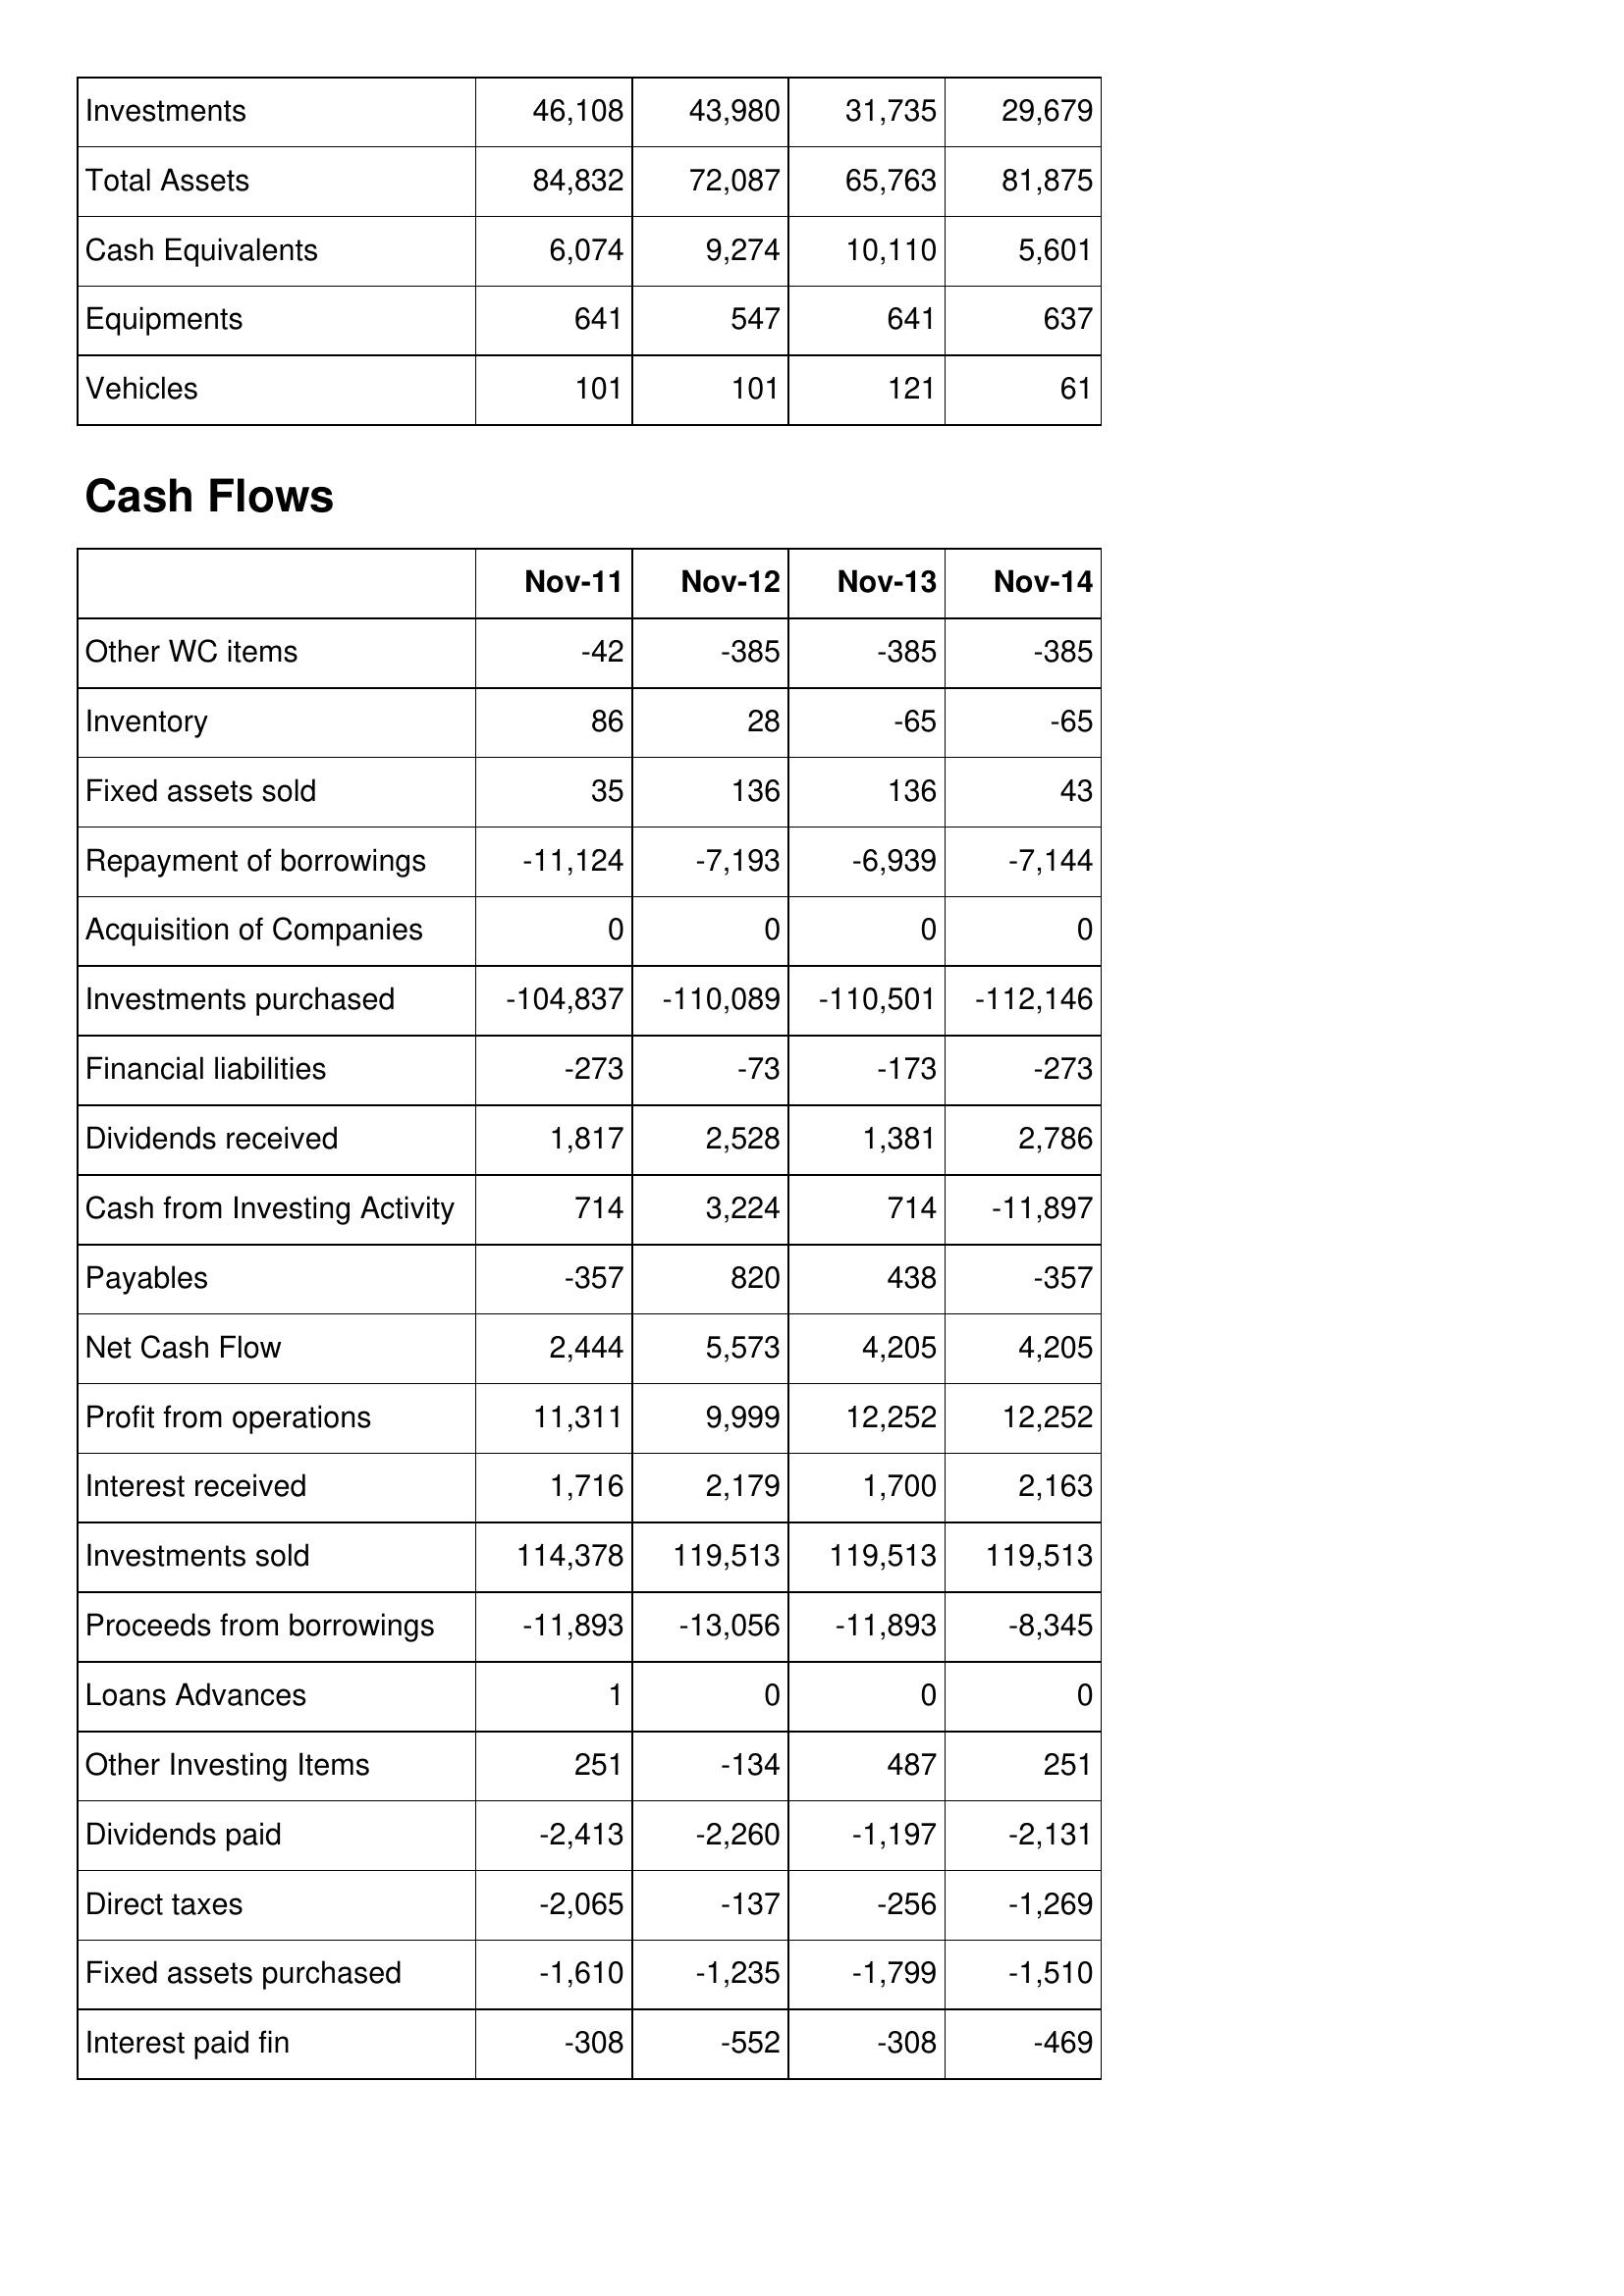
Nov-11: Balance Sheet: Investments: 46,108
Total Assets: 84,832
Cash Equivalents: 6,074
Equipments: 641
Vehicles: 101
Cash Flows: Other WC items: -42
Inventory: 86
Fixed assets sold: 35
Repayment of borrowings: -11,124
Acquisition of Companies: 0
Investments purchased: -104,837
Financial liabilities: -273
Dividends received: 1,817
Cash from Investing Activity: 714
Payables: -357
Net Cash Flow: 2,444
Profit from operations: 11,311
Interest received: 1,716
Investments sold: 114,378
Proceeds from borrowings: -11,893
Loans Advances: 1
Other Investing Items: 251
Dividends paid: -2,413
Direct taxes: -2,065
Fixed assets purchased: -1,610
Interest paid fin: -308
Nov-12: Balance Sheet: Investments: 43,980
Total Assets: 72,087
Cash Equivalents: 9,274
Equipments: 547
Vehicles: 101
Cash Flows: Other WC items: -385
Inventory: 28
Fixed assets sold: 136
Repayment of borrowings: -7,193
Acquisition of Companies: 0
Investments purchased: -110,089
Financial liabilities: -73
Dividends received: 2,528
Cash from Investing Activity: 3,224
Payables: 820
Net Cash Flow: 5,573
Profit from operations: 9,999
Interest received: 2,179
Investments sold: 119,513
Proceeds from borrowings: -13,056
Loans Advances: 0
Other Investing Items: -134
Dividends paid: -2,260
Direct taxes: -137
Fixed assets purchased: -1,235
Interest paid fin: -552
Nov-13: Balance Sheet: Investments: 31,735
Total Assets: 65,763
Cash Equivalents: 10,110
Equipments: 641
Vehicles: 121
Cash Flows: Other WC items: -385
Inventory: -65
Fixed assets sold: 136
Repayment of borrowings: -6,939
Acquisition of Companies: 0
Investments purchased: -110,501
Financial liabilities: -173
Dividends received: 1,381
Cash from Investing Activity: 714
Payables: 438
Net Cash Flow: 4,205
Profit from operations: 12,252
Interest received: 1,700
Investments sold: 119,513
Proceeds from borrowings: -11,893
Loans Advances: 0
Other Investing Items: 487
Dividends paid: -1,197
Direct taxes: -256
Fixed assets purchased: -1,799
Interest paid fin: -308
Nov-14: Balance Sheet: Investments: 29,679
Total Assets: 81,875
Cash Equivalents: 5,601
Equipments: 637
Vehicles: 61
Cash Flows: Other WC items: -385
Inventory: -65
Fixed assets sold: 43
Repayment of borrowings: -7,144
Acquisition of Companies: 0
Investments purchased: -112,146
Financial liabilities: -273
Dividends received: 2,786
Cash from Investing Activity: -11,897
Payables: -357
Net Cash Flow: 4,205
Profit from operations: 12,252
Interest received: 2,163
Investments sold: 119,513
Proceeds from borrowings: -8,345
Loans Advances: 0
Other Investing Items: 251
Dividends paid: -2,131
Direct taxes: -1,269
Fixed assets purchased: -1,510
Interest paid fin: -469